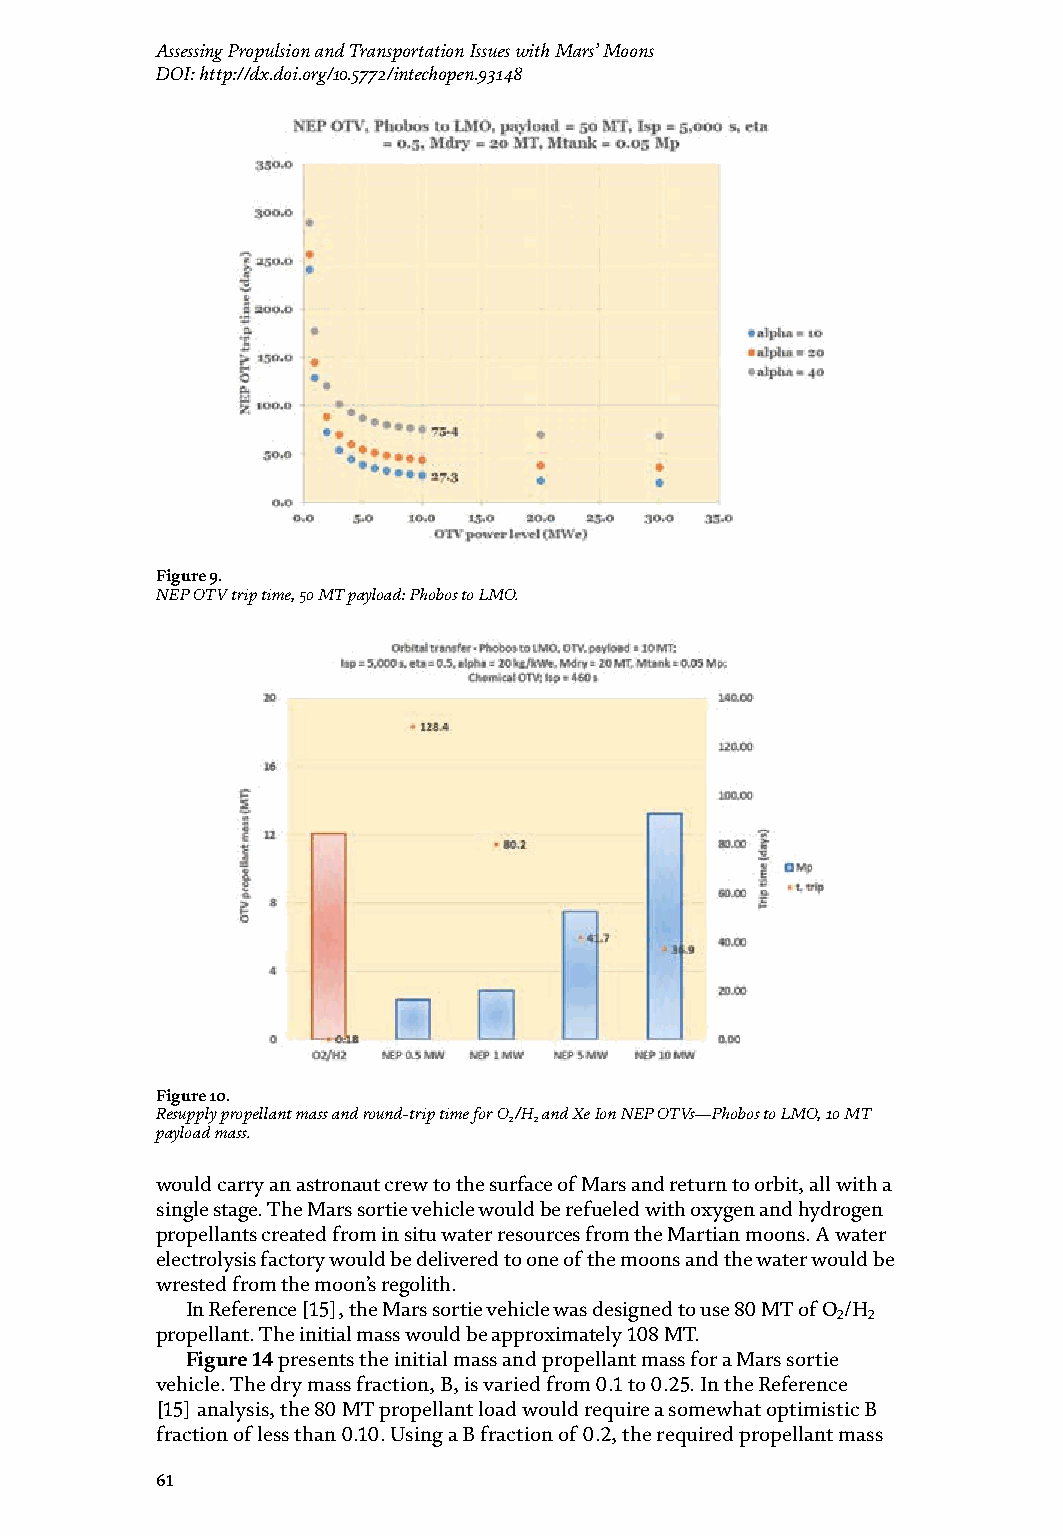
Mars Exploration - A Step Forward Assessing Propulsion and Transportation Issues with Mars’ Moons
 DOI: http://dx.doi.org/10.5772/intechopen.93148
 Figure 7. Figure 9.
 NEP OTV trip time, 1 MT payload: Phobos to LMO. NEP OTV trip time, 50 MT payload: Phobos to LMO.
 Figure 8. Figure 10.
 NEP OTV trip time, 10 MT payload: Phobos to LMO. Resupply propellant mass and round-trip time for O/H and Xe Ion NEP OTVs—Phobos to LMO, 10 MT
 2 2
 payload mass.
 a 50 MT payload shows very large NEP propellant mass reductions over O /H for
 2 2
 the 10 MWe power level; for a 5 MWe power level, the propellant mass reduction would carry an astronaut crew to the surface of Mars and return to orbit, all with a
 was from 57 to 10 MT. Similarly, in Figure 13, the Deimos to LMO cases show very single stage. The Mars sortie vehicle would be refueled with oxygen and hydrogen
 significant propellant mass benefits, reducing the propellant needed by a factor of propellants created from in situ water resources from the Martian moons. A water
 6–10 or more over O /H . In nearly all cases, the NEP systems allow large propellant electrolysis factory would be delivered to one of the moons and the water would be
 2 2
 mass reductions. For large mission architectures over a long-term Mars project, the wrested from the moon’s regolith.
 mass reductions can be as high as a factor of 5–10 over O /H systems. In Reference [15], the Mars sortie vehicle was designed to use 80 MT of O /H
 2 2                                                    2 2
 propellant. The initial mass would be approximately 108 MT.
 4.2 Mars lander options Figure 14 presents the initial mass and propellant mass for a Mars sortie
 vehicle. The dry mass fraction, B, is varied from 0.1 to 0.25. In the Reference
 Past studies of Mars landers have included an innovative single stage to orbit [15] analysis, the 80 MT propellant load would require a somewhat optimistic B
 (SSTO) design [15]. The Mars Base Camp mission suggested an aerospacecraft that fraction of less than 0.10. Using a B fraction of 0.2, the required propellant mass
 60        61